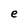
Character: e